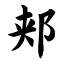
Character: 郏